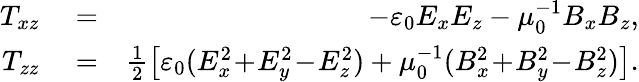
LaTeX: \begin{array}{rlr}{T_{xz}}&{{}=}&{-\varepsilon_{0}E_{x}E_{z}-\mu_{0}^{-1}B_{x}B_{z},}\\ {T_{zz}}&{{}=}&{\frac{1}{2}\left[\varepsilon_{0}(E_{x}^{2}\! +\! E_{y}^{2}\! -\! E_{z}^{2})+\mu_{0}^{-1}(B_{x}^{2}\! +\! B_{y}^{2}\! -\! B_{z}^{2})\right].}\end{array}